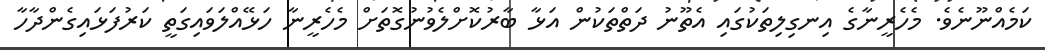
ކަމެއްނޫނެވެ. މެހެރީނާގެ އިނގިލިތަކުގައި އެތޫނު ދަތްތަކުން އަޅާ ބާރުކޮށްލެވުނުގޮތަށް މެހެރީނާ ހަޅޭއްލަވައިގަތީ ކަރުފަޅައިގެންދާހާ